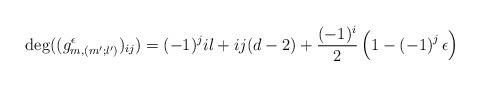
LaTeX: \begin{align*}\deg((g_{m,(m';l')}^\epsilon)_{ij})=(-1)^j il+ij(d-2)+\frac{(-1)^i}{2} \left( 1-\left( -1 \right)^j \epsilon \right) \end{align*}